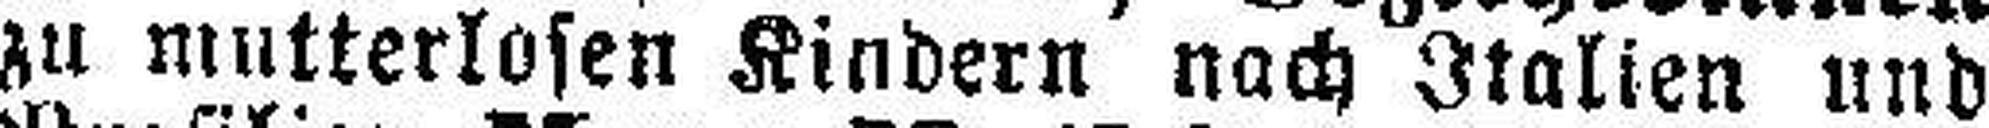
zu mutterlosen Kindern nach Italien und